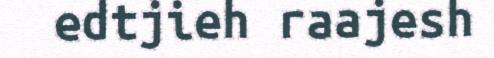
edtjieh raajesh